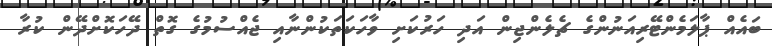
ބައެއް ޕާލަމެންޓޭރިއަނުންގެ ޗެލެންޖިން އަދި ހަރުކަށި ވާހަކަތަކުންނާއި ޖެއްސުމުގެ ގޮތް ދޭހަކޮށްދޭން ކުރާ